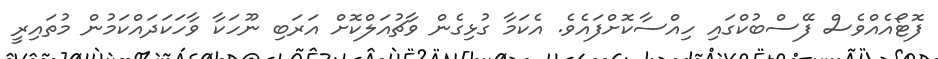
ފޮޓޯއެއްވެސް ފޭސްބުކްގައި ހިއްސާކޮށްފައެވެ. އެކަމާ ގުޅިގެން ވާޗުއަލްކޮށް އަރަބި ނޫހަކާ ވާހަކަދައްކަމުން މުތައިރީ